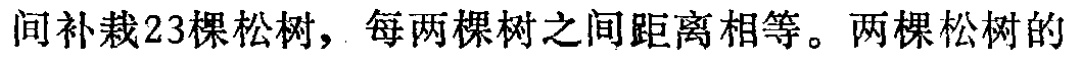
间补栽23棵松树，每两棵树之间距离相等。两棵松树的